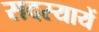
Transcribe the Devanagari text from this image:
सदस्यायें